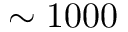
\sim 1 0 0 0